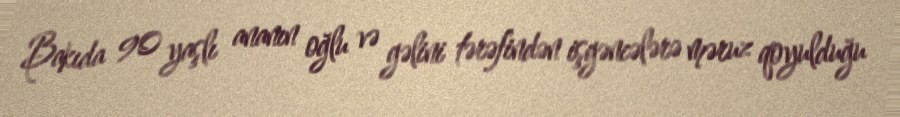
Bakıda 90 yaşlı ananın oğlu və gəlini tərəfindən işgəncələrə məruz qoyulduğu